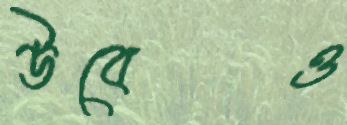
উবেও